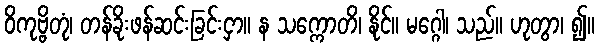
ဝိကုဗ္ဗိတုံ၊ တန်ခိုးဖန်ဆင်းခြင်းငှာ။ န သက္ကောတိ၊ နိုင်။ မဂ္ဂေါ၊ သည်။ ဟုတွာ၊ ၍။